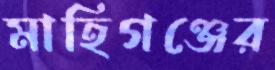
মাহিগঞ্জের